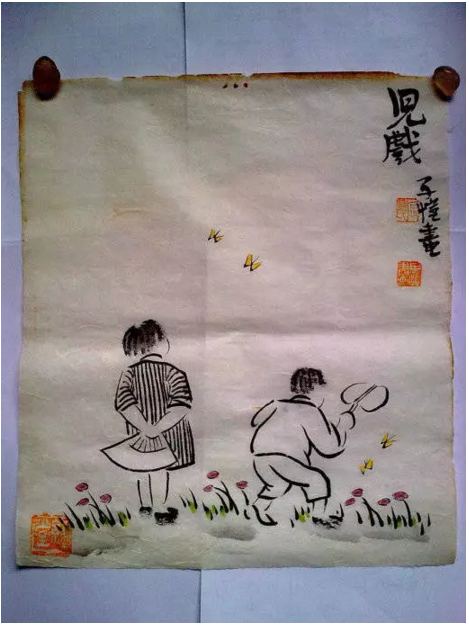
问姓惊初见，称名忆旧容。